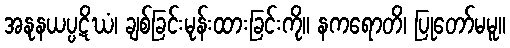
အနုနယပ္ပဋိဃံ၊ ချစ်ခြင်းမုန်းထားခြင်းကို။ နကရောတိ၊ ပြုတော်မမူ။